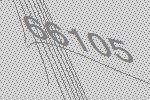
66105